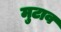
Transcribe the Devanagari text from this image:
मुटाव